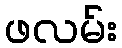
ဖလမ်း